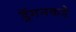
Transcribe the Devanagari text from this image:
ड्रॅगनकडे